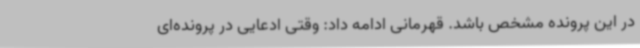
در این پرونده مشخص باشد. قهرمانی ادامه داد: وقتی ادعایی در پرونده‌ای